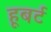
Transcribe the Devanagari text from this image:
हूबर्ट